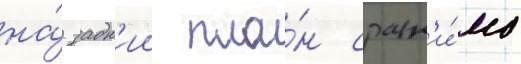
на́ задн'ии пла́н сравн'и́мо